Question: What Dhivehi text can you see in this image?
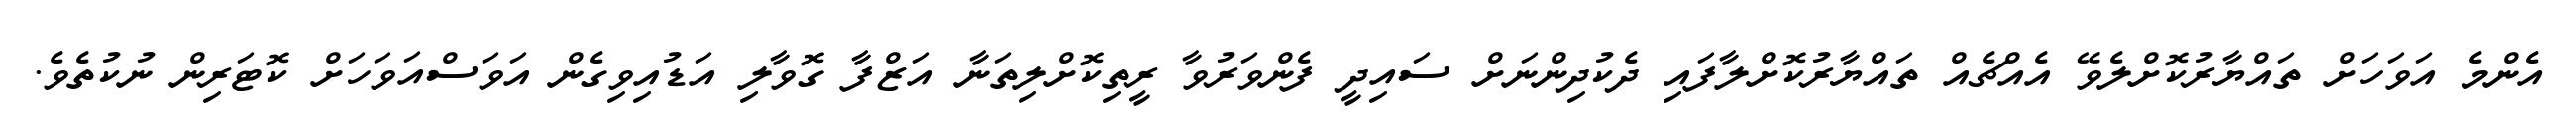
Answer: އެންމެ އަވަހަށް ތައްޔާރުކޮށްލެވޭ އެއްޗެއް ތައްޔާރުކޮށްލާފައި ދެކުދިންނަށް ސައިދީ ފެންވަރުވާ ރީތިކޮށްލިތަނާ އަޒްފާ ގޮވާލި އަޑުއިވިގެން އަވަސްއަވަހަށް ކޮޓަރިން ނުކުތެވެ.